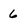
Character: 6